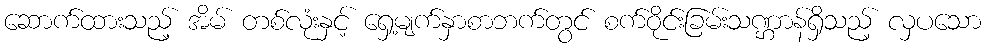
ဆောက်ထားသည့် အိမ် တစ်လုံးနှင့် ရှေ့မျက်နှာစာဘက်တွင် စက်ဝိုင်းခြမ်းသဏ္ဌာန်ရှိသည့် လှပသော